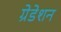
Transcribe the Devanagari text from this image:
ग्रेडेशन